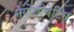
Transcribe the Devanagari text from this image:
नेगोशीयेटिंग